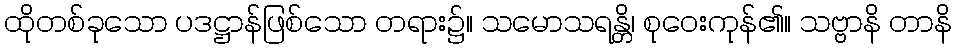
ထိုတစ်ခုသော ပဒဋ္ဌာန်ဖြစ်သော တရား၌။ သမောသရန္တိ၊ စုဝေးကုန်၏။ သဗ္ဗာနိ တာနိ